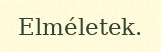
Elméletek.